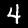
Digit: 4